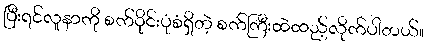
ပြီးရင်လူနာကို စက်ဝိုင်းပုံစံရှိတဲ့ စက်ကြီးထဲထည့်လိုက်ပါတယ်။